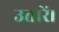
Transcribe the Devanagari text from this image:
उतारें।